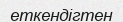
еткендігтен